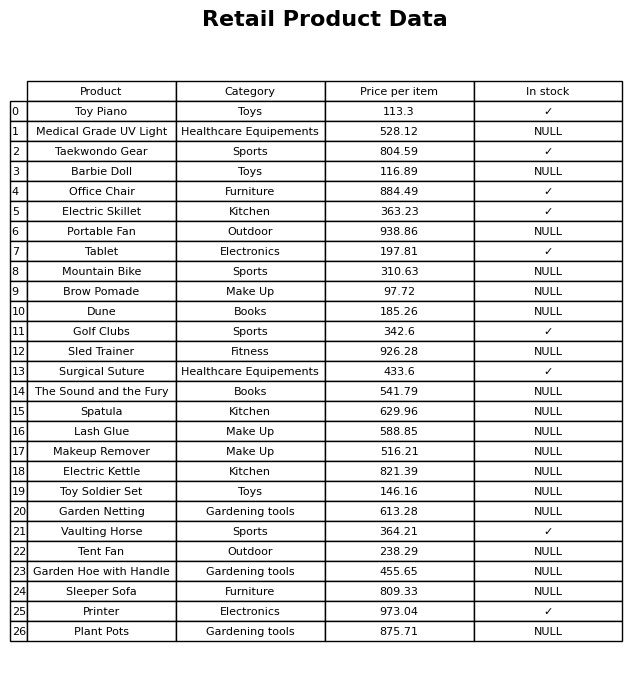
question: What is the price for Vaulting Horse?
answer: The price of Vaulting Horse is 364.21.